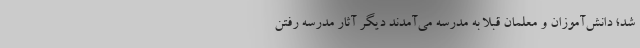
شد؛ دانش‌آموزان و معلمان قبلا به مدرسه می‌آمدند دیگر آثار مدرسه رفتن